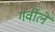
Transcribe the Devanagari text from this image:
गर्वीले